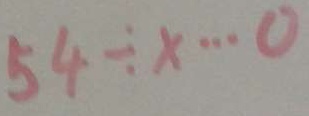
5 4 \div x \cdots 0